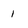
Character: 1